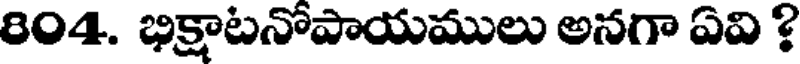
804. భిక్షాటనోపాయములు అనగా ఏవి ?